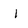
Character: l